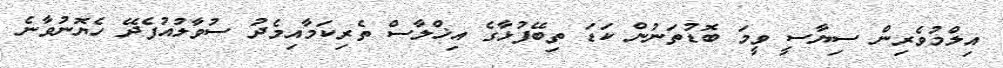
އިލްމުވެރިން ސިޔާސީ ވީމަ ބޮޑުތަނުން ކަޑަ ތިބޭފުޅާގެ އިޚްލާސް ތެރިކަމާއިމެދު ސުވާލުއުފެދޭ ހެޔޮނުވާނެ